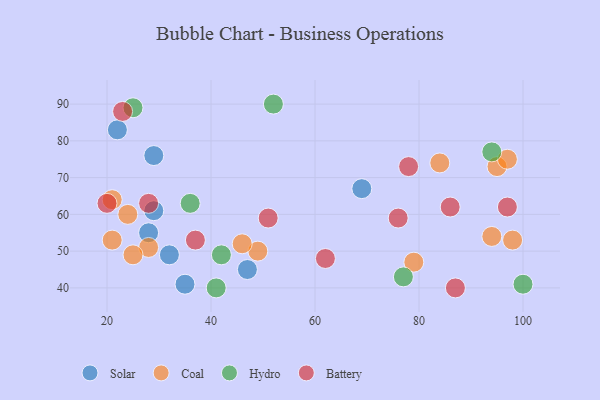
{"axis": {"x": "GDP", "y": "Life Expectancy"}, "legend": ["Battery", "Coal", "Hydro", "Solar"], "data": [{"x": "35", "y": 41, "type": "Solar"}, {"x": "29", "y": 76, "type": "Solar"}, {"x": "69", "y": 67, "type": "Solar"}, {"x": "29", "y": 61, "type": "Solar"}, {"x": "28", "y": 55, "type": "Solar"}, {"x": "32", "y": 49, "type": "Solar"}, {"x": "22", "y": 83, "type": "Solar"}, {"x": "47", "y": 45, "type": "Solar"}, {"x": "21", "y": 64, "type": "Coal"}, {"x": "21", "y": 53, "type": "Coal"}, {"x": "95", "y": 73, "type": "Coal"}, {"x": "97", "y": 75, "type": "Coal"}, {"x": "24", "y": 60, "type": "Coal"}, {"x": "84", "y": 74, "type": "Coal"}, {"x": "94", "y": 54, "type": "Coal"}, {"x": "28", "y": 51, "type": "Coal"}, {"x": "49", "y": 50, "type": "Coal"}, {"x": "25", "y": 49, "type": "Coal"}, {"x": "46", "y": 52, "type": "Coal"}, {"x": "98", "y": 53, "type": "Coal"}, {"x": "79", "y": 47, "type": "Coal"}, {"x": "94", "y": 77, "type": "Hydro"}, {"x": "100", "y": 41, "type": "Hydro"}, {"x": "36", "y": 63, "type": "Hydro"}, {"x": "42", "y": 49, "type": "Hydro"}, {"x": "77", "y": 43, "type": "Hydro"}, {"x": "52", "y": 90, "type": "Hydro"}, {"x": "25", "y": 89, "type": "Hydro"}, {"x": "41", "y": 40, "type": "Hydro"}, {"x": "51", "y": 59, "type": "Battery"}, {"x": "86", "y": 62, "type": "Battery"}, {"x": "87", "y": 40, "type": "Battery"}, {"x": "78", "y": 73, "type": "Battery"}, {"x": "37", "y": 53, "type": "Battery"}, {"x": "20", "y": 63, "type": "Battery"}, {"x": "97", "y": 62, "type": "Battery"}, {"x": "28", "y": 63, "type": "Battery"}, {"x": "62", "y": 48, "type": "Battery"}, {"x": "76", "y": 59, "type": "Battery"}, {"x": "23", "y": 88, "type": "Battery"}]}